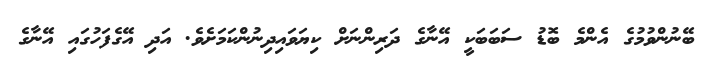
ބޭނުންވުމުގެ އެންމެ ބޮޑު ސަބަބަކީ އޭނާގެ ދަރިންނަށް ކިޔަވައިދިނުންކަމަށެވެ. އަދި އޭގެފަހުގައި އޭނާގެ